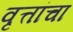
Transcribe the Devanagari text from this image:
वृत्तांचा